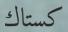
كستاك